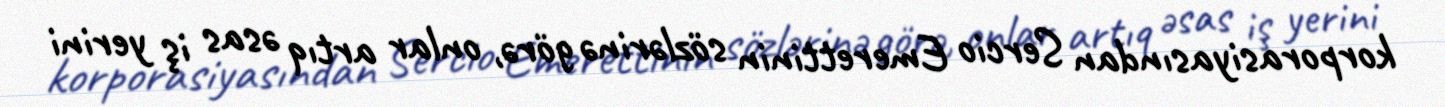
korporasiyasından Sercio Emerettinin sözlərinə görə, onlar artıq əsas iş yerini